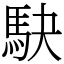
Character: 駃